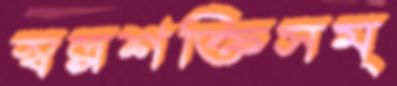
স্বল্পশক্তিসম্